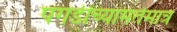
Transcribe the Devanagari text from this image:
पगडींच्यामतेमात्र